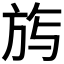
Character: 𭤰